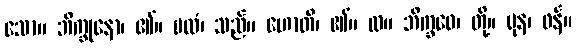
သော။ ဘိက္ခုနော၊ ၏။ ဗလံ၊ သည်။ ဟောတိ၊ ၏။ လ။ ဘိက္ခဝေ၊ တို့။ ပုန၊ ဖန်။